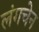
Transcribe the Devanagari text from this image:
लंगचेन